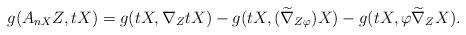
\begin{align*}g(A_{nX}Z, tX)=g(tX,\nabla_{Z}tX)-g(tX, (\widetilde\nabla_{Z\varphi})X)-g(tX,\varphi \widetilde\nabla_{Z}X).\end{align*}